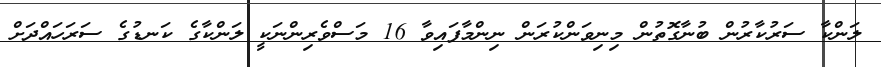
ލަންކާ ސަރުކާރުން ބުނާގޮތުން މިނިވަންކުރަން ނިންމާފައިވާ 16 މަސްވެރިންނަކީ ލަންކާގެ ކަނޑުގެ ސަރަހައްދަށް